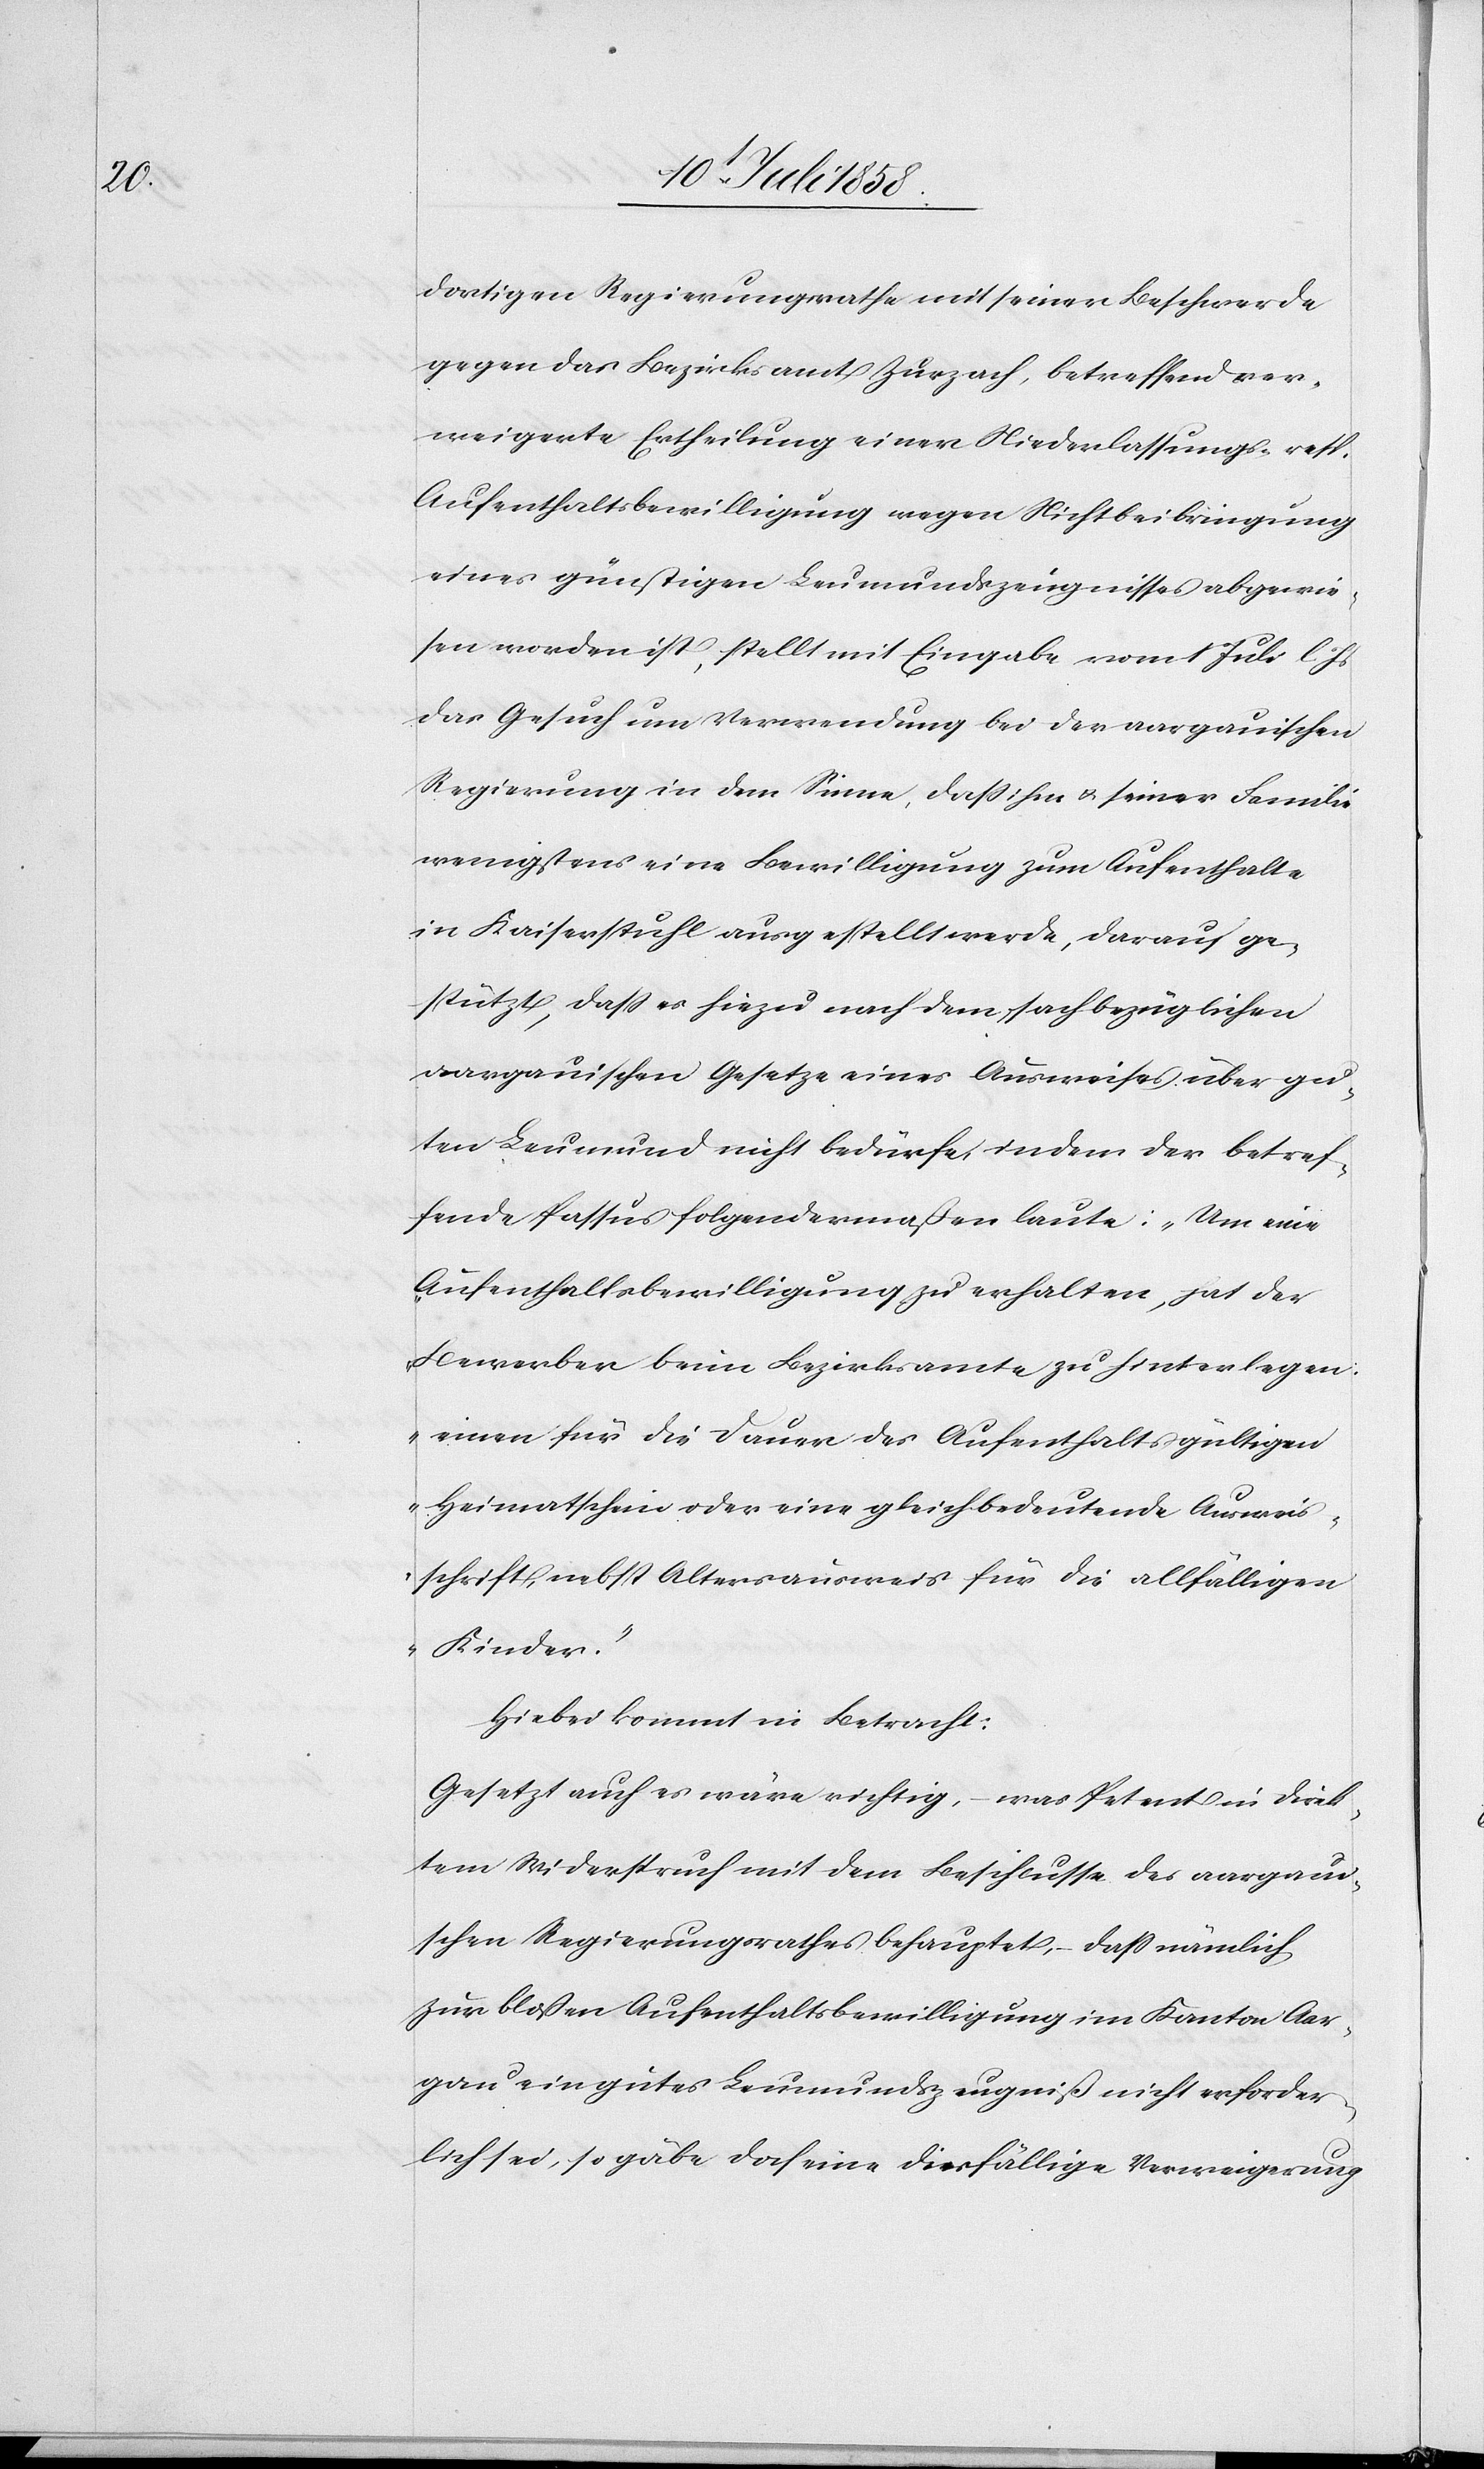
dortigen Regierungsrathe mit seiner Beschwerde
gegen das Bezirksamt Zurzach, betreffend ver¬
weigerte Ertheilung einer Niederlassungs- resp.
Aufenthaltsbewilligung wegen Nichtbeibringung
eines günstigen Leumundszeugnisses abgewie¬
sen worden ist, stellt mit Eingabe vom 1 Juli l. Js
das Gesuch um Verwendung bei der aargauischen
Regierung in dem Sinne, dass ihm & seiner Familie
wenigstens eine Bewilligung zum Aufenthalte
in Kaiserstuhl ausgestellt werde, darauf ge¬
stützt, dass es hiezu nach dem sachbezüglichen
aargauischen Gesetze eines Ausweises über gu¬
ten Leumund nicht bedürfe, indem der betref¬
fende Passus folgendermaßen laute: „Um eine
Aufenthaltsbewilligung zu erhalten, hat der
Bewerber beim Bezirksamte zu hinterlegen:
einen für die Dauer des Aufenthalts gültigen
Heimatschein oder eine gleichbedeutende Ausweis¬
schrift, nebst Altersausweis für die allfälligen
Kinder.“
Hiebei kommt in Betracht:
Gesetzt auch es wäre richtig, – was Petent in direk¬
tem Widerspruch mit dem Beschlusse des aargaui¬
schen Regierungsrathes behauptet, – dass nämlich
zur bloßen Aufenthaltsbewilligung im Kanton Aar¬
gau ein gutes Leumundszeugniß nicht erforder¬
lich sei, so gäbe doch eine diesfällige Verweigerung